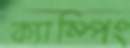
ক্যাম্পিং